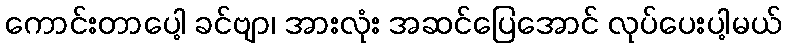
ကောင်းတာပေါ့ ခင်ဗျာ၊ အားလုံး အဆင်ပြေအောင် လုပ်ပေးပါ့မယ်